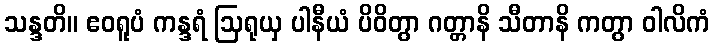
သန္ဒတိ။ ဧဝရူပံ ကန္ဒရံ ဩရုယှ ပါနီယံ ပိဝိတွာ ဂတ္တာနိ သီတာနိ ကတွာ ဝါလိကံ